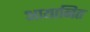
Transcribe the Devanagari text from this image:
आयानित